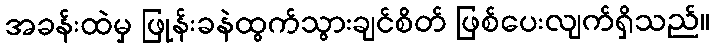
အခန်းထဲမှ ဖြုန်းခနဲထွက်သွားချင်စိတ် ဖြစ်ပေးလျက်ရှိသည်။